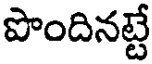
పొందినట్టే